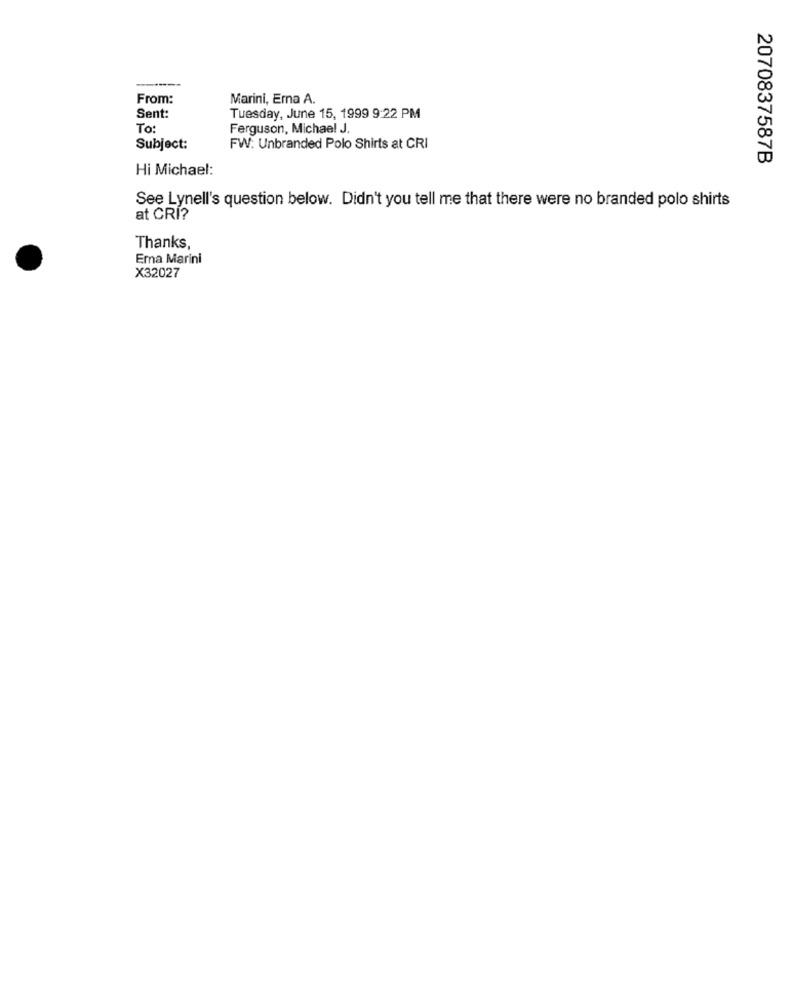
From:
Marini, Erna A.
Sent:
Tuesday, June 15, 1999 9:22 PM
To:
Ferguson, Michael J.
Subject:
FW: Unbranded Polo Shirts at CRI
2070837587B
Hi Michael:
See Lynell's question below. Didn't you tell me that there were no branded polo shirts
at CRI?
Thanks,
Emna Marini
X32027